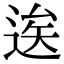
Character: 逘